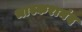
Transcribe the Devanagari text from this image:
भास्करानंद